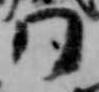
門